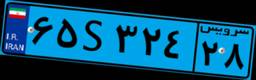
۶۵S۳۲۴۲۸